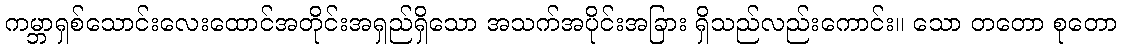
ကမ္ဘာရှစ်သောင်းလေးထောင်အတိုင်းအရှည်ရှိသော အသက်အပိုင်းအခြား ရှိသည်လည်းကောင်း။ သော တတော စုတော